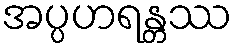
အပ္ပဟရန္တဿ